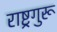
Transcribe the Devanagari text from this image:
राष्ट्रगुरू